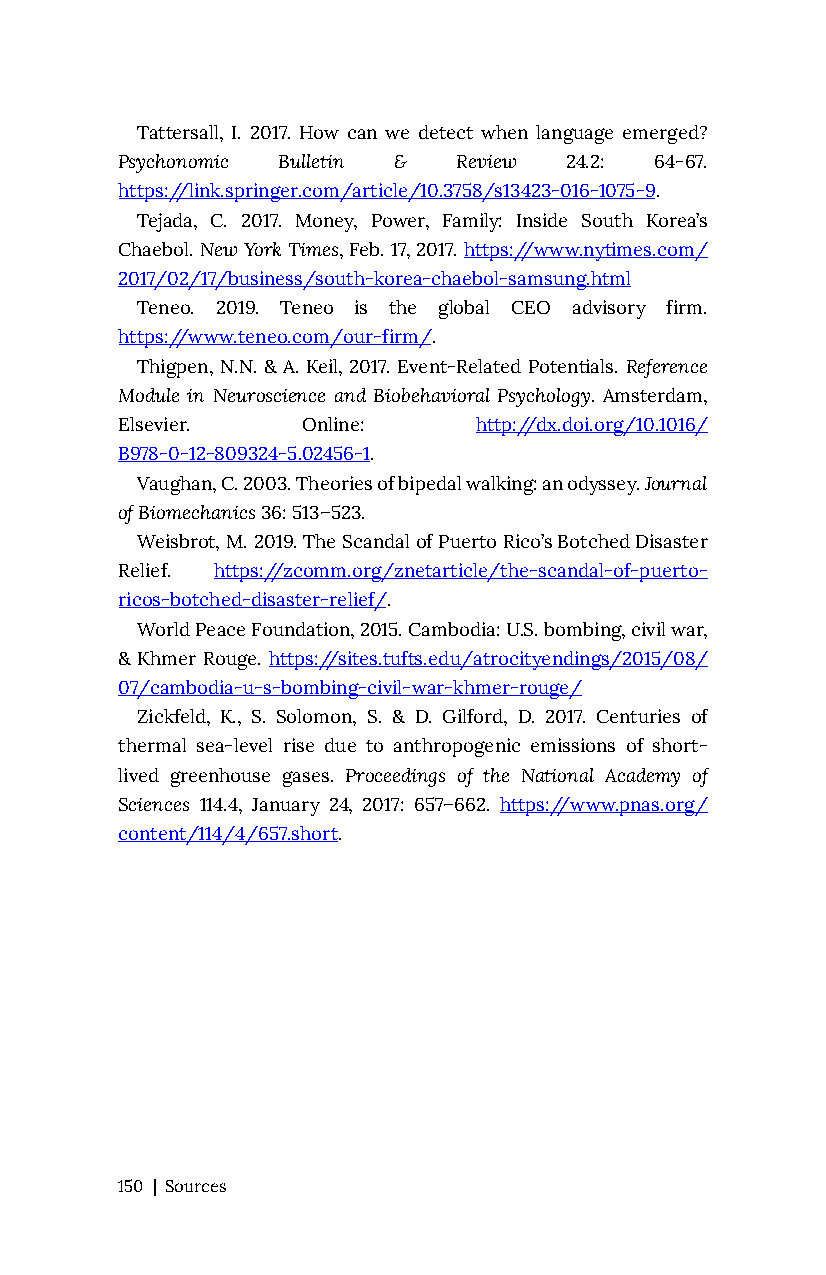
Tattersall, I. 2017. How can we detect when language emerged?
 Psychonomic Bulletin & Review 24.2: 64-67.
 https://link.springer.com/article/10.3758/s13423-016-1075-9.
 Tejada, C. 2017. Money, Power, Family: Inside South Korea’s
 Chaebol. New York Times, Feb. 17, 2017. https://www.nytimes.com/
 2017/02/17/business/south-korea-chaebol-samsung.html
 Teneo. 2019. Teneo is the global CEO advisory firm.
 https://www.teneo.com/our-firm/.
 Thigpen, N.N. & A. Keil, 2017. Event-Related Potentials. Reference
 Module in Neuroscience and Biobehavioral Psychology. Amsterdam,
 Elsevier.   Online:    http://dx.doi.org/10.1016/
 B978-0-12-809324-5.02456-1.
 Vaughan, C. 2003. Theories of bipedal walking: an odyssey. Journal
 of Biomechanics 36: 513–523.
 Weisbrot, M. 2019. The Scandal of Puerto Rico’s Botched Disaster
 Relief. https://zcomm.org/znetarticle/the-scandal-of-puerto-
 ricos-botched-disaster-relief/.
 World Peace Foundation, 2015. Cambodia: U.S. bombing, civil war,
 & Khmer Rouge. https://sites.tufts.edu/atrocityendings/2015/08/
 07/cambodia-u-s-bombing-civil-war-khmer-rouge/
 Zickfeld, K., S. Solomon, S. & D. Gilford, D. 2017. Centuries of
 thermal sea-level rise due to anthropogenic emissions of short-
 lived greenhouse gases. Proceedings of the National Academy of
 Sciences 114.4, January 24, 2017: 657–662. https://www.pnas.org/
 content/114/4/657.short.
 150 | Sources